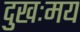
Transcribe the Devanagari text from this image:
दुखःमय